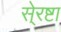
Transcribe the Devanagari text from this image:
से्रष्टा